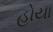
હોયા